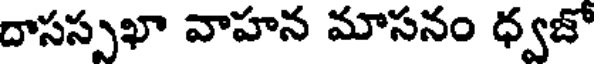
దాసస్పఖా వాహన మాసనం ధ్వజో